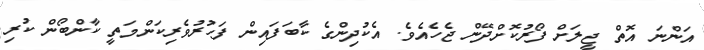
އަންނަ އޮތް ޖީލަށް ފޯރުކޮށްދޭން ޖެހެއެވެ. އެކުދިންގެ ކާބަފައިން ފަހުރުވެރިކަންމަތީ ކާންބޯން ކުރި